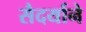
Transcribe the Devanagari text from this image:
सैदर्याने